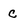
Character: C